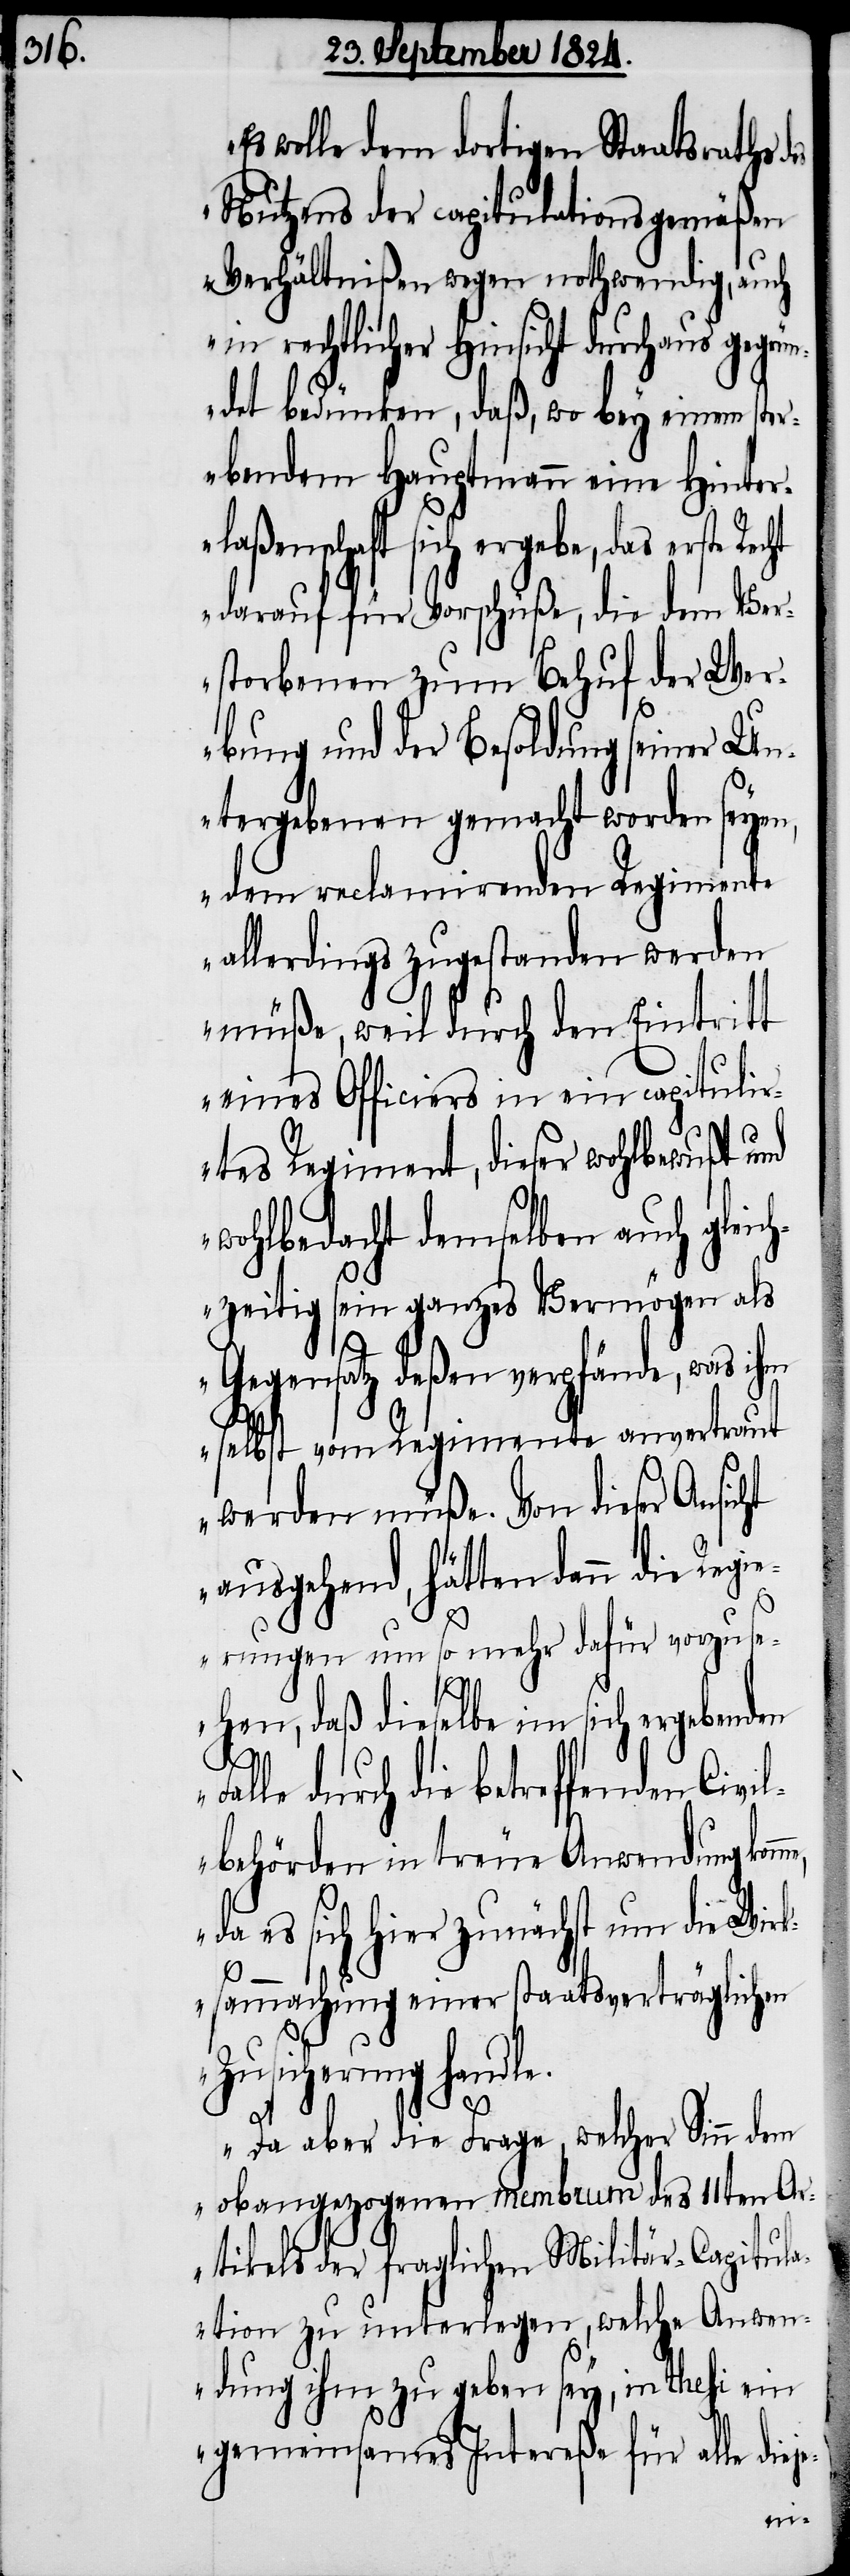
wolle dem dortigen Staatsraths
Nutzens der capitulationsgemäßen
Verhältnißen wegen nothwendig, auch
in rechtlicher Hinsicht durchaus gegrün¬
det bedünken, daß, wo bey einem ster¬
benden Hauptmann eine Hinter¬
laßenschaft sich ergebe, das erste
darauf für Vorschüße, die dem Ver¬
storbenen zum Behuf der Wer¬
bung und der Besoldung seiner Un¬
tergebenen gemacht worden seyen,
dem reclamirenden Regimente
allerdings zugestanden werden
müße, weil durch den Eintritt
eines Officiers in ein capitulir¬
tes Regiment, dieser wohlbewußt und
wohlbedacht demselben auch glei¬
chzeitig sein ganzes Vermögen als
ht
Gegensatz deßen verpfände, was ihm
selbst vom Regimente anvertraut
werden müße. Von dieser Ansic¬
ausgehend, hätten dann die Regi¬
erungen um so mehr dafür vorzuse¬
hen, daß dieselbe im ergebenden
me,
alle durch die betreffenden Civi¬
lbehörden in treue Anwendung kom¬
da es sich hier zunächst um die Wirk¬
sammachung einer staatsverträglichen
Zusicherung handle.
Da aber die Frage, welcher Sinn dem
obangezogenen membrum des 11ten Ar¬
tikels der fraglichen Militär-Capitul¬
ation zu unterlegen, welche Anwen¬
dung ihm zu geben sey, in thesi ein
gemeinsames Intereße für alle diej¬
e-